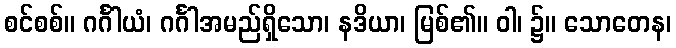
စင်စစ်။ ဂင်္ဂါယံ၊ ဂင်္ဂါအမည်ရှိသော၊ နဒိယာ၊ မြစ်၏။ ဝါ၊ ၌။ သောတေန၊